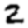
Digit: 2